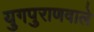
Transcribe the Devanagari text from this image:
युगपुराणवाले